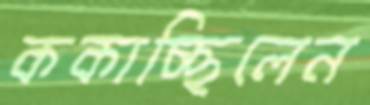
ককাচ্ছিলেন